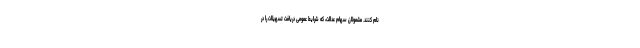
نام کنند. مشمولان سهام عدالت، که شرایط عمومی دریافت تسهیلات را در